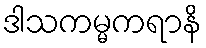
ဒါသကမ္မကရာနိ